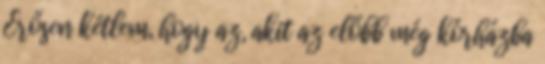
Erősen kétlem, hogy az, akit az előbb még kórházba